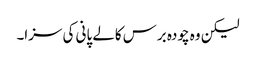
لیکن وہ چودہ برس کالے پانی کی سزا۔